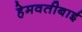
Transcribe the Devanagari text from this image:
हेमवतीबाई